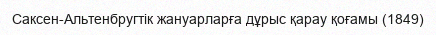
Саксен-Альтенбругтік жануарларға дұрыс қарау қоғамы (1849)